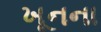
ખૂનના